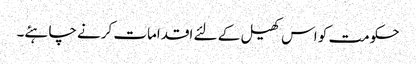
حکومت کو اس کھیل کے لئے اقدامات کرنے چاہئے۔